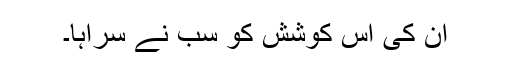
ان کی اس کوشش کو سب نے سراہا۔